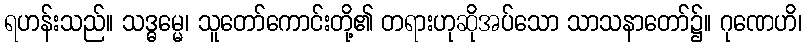
ရဟန်းသည်။ သဒ္ဓမ္မေ၊ သူတော်ကောင်းတို့၏ တရားဟုဆိုအပ်သော သာသနာတော်၌။ ဂုဏေဟိ၊